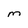
Character: m